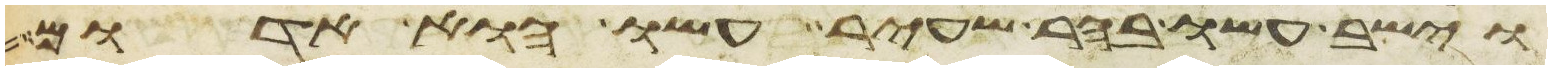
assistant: וישב עשו בהר שעיר עשו הוא אדום